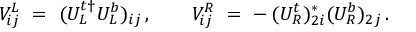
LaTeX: V _ { i j } ^ { L } \ = \ ( U _ { L } ^ { t \dagger } U _ { L } ^ { b } ) _ { i j } \, , \qquad V _ { i j } ^ { R } \ = \ - \, ( U _ { R } ^ { t } ) _ { 2 i } ^ { * } ( U _ { R } ^ { b } ) _ { 2 j } \, .